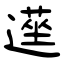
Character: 遳